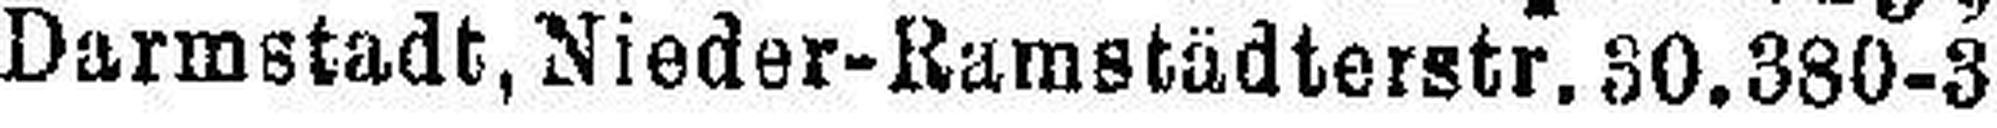
Darmstadt, Nieder-Ramstädterstr. 30.380-3